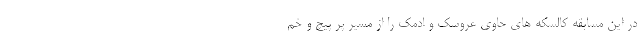
در این مسابقه کالسکه های حاوی عروسک و ادمک را از مسیر پر پیچ و خم